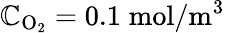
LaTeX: \mathbb{C}_{\mathrm{{O}}_{2}}=0.1\; \mathrm{{mol}}/\mathrm{{m}}^{3}